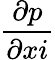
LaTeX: \frac{{\partial}{p}}{\partial{{x}{i}}}